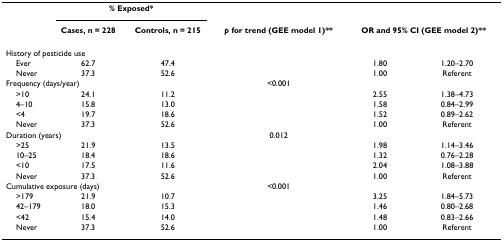
<table><thead><tr><td>[EMPTY_CELL]</td><td colspan="2"><b>% Exposed*</b></td><td>[EMPTY_CELL]</td><td>[EMPTY_CELL]</td><td>[EMPTY_CELL]</td></tr><tr><td>[EMPTY_CELL]</td><td><b>Cases, n = 228</b></td><td><b>Controls, n = 215</b></td><td><b><i>p </i>for trend (GEE model 1)**</b></td><td colspan="2"><b>OR and 95% CI (GEE model 2)**</b></td></tr></thead><tbody><tr><td colspan="2">History of pesticide use</td><td>[EMPTY_CELL]</td><td>[EMPTY_CELL]</td><td>[EMPTY_CELL]</td><td>[EMPTY_CELL]</td></tr><tr><td> Ever</td><td>62.7</td><td>47.4</td><td>[EMPTY_CELL]</td><td>1.80</td><td>1.20–2.70</td></tr><tr><td> Never</td><td>37.3</td><td>52.6</td><td>[EMPTY_CELL]</td><td>1.00</td><td>Referent</td></tr><tr><td colspan="2">Frequency (days/year)</td><td>[EMPTY_CELL]</td><td>&lt;0.001</td><td>[EMPTY_CELL]</td><td>[EMPTY_CELL]</td></tr><tr><td> &gt;10</td><td>24.1</td><td>11.2</td><td>[EMPTY_CELL]</td><td>2.55</td><td>1.38–4.73</td></tr><tr><td> 4–10</td><td>15.8</td><td>13.0</td><td>[EMPTY_CELL]</td><td>1.58</td><td>0.84–2.99</td></tr><tr><td> &lt;4</td><td>19.7</td><td>18.6</td><td>[EMPTY_CELL]</td><td>1.52</td><td>0.89–2.62</td></tr><tr><td> Never</td><td>37.3</td><td>52.6</td><td>[EMPTY_CELL]</td><td>1.00</td><td>Referent</td></tr><tr><td colspan="2">Duration (years)</td><td>[EMPTY_CELL]</td><td>0.012</td><td>[EMPTY_CELL]</td><td>[EMPTY_CELL]</td></tr><tr><td> &gt;25</td><td>21.9</td><td>13.5</td><td>[EMPTY_CELL]</td><td>1.98</td><td>1.14–3.46</td></tr><tr><td> 10–25</td><td>18.4</td><td>18.6</td><td>[EMPTY_CELL]</td><td>1.32</td><td>0.76–2.28</td></tr><tr><td> &lt;10</td><td>17.5</td><td>11.6</td><td>[EMPTY_CELL]</td><td>2.04</td><td>1.08–3.88</td></tr><tr><td> Never</td><td>37.3</td><td>52.6</td><td>[EMPTY_CELL]</td><td>1.00</td><td>Referent</td></tr><tr><td colspan="2">Cumulative exposure (days)</td><td>[EMPTY_CELL]</td><td>&lt;0.001</td><td>[EMPTY_CELL]</td><td>[EMPTY_CELL]</td></tr><tr><td> &gt;179</td><td>21.9</td><td>10.7</td><td>[EMPTY_CELL]</td><td>3.25</td><td>1.84–5.73</td></tr><tr><td> 42–179</td><td>18.0</td><td>15.3</td><td>[EMPTY_CELL]</td><td>1.46</td><td>0.80–2.68</td></tr><tr><td> &lt;42</td><td>15.4</td><td>14.0</td><td>[EMPTY_CELL]</td><td>1.48</td><td>0.83–2.66</td></tr><tr><td> Never</td><td>37.3</td><td>52.6</td><td>[EMPTY_CELL]</td><td>1.00</td><td>Referent</td></tr></tbody></table>